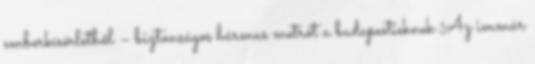
emberkísérletből – biztonságos hármas metrót a budapestieknek Az immár